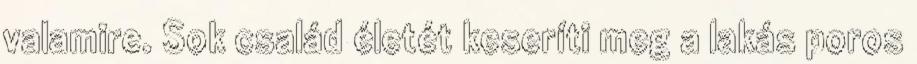
valamire. Sok család életét keseríti meg a lakás poros